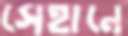
সেহানে